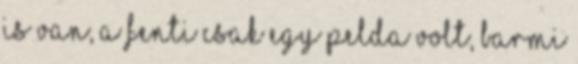
is van, a fenti csak egy pelda volt, barmi